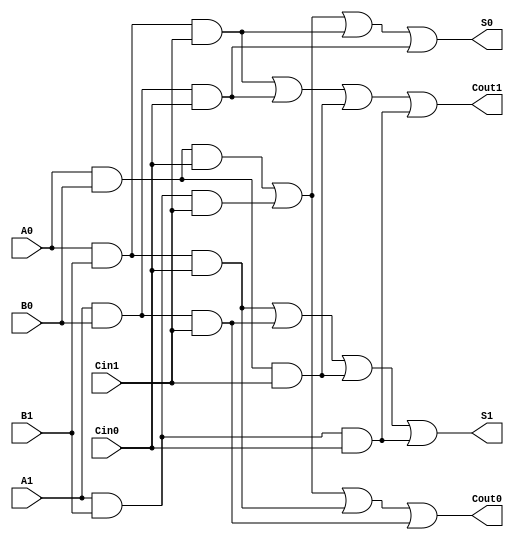
module dual_rail_full_adder (
    input  A0, A1,  // Dual-rail input for A
    input  B0, B1,  // Dual-rail input for B
    input  Cin0, Cin1,  // Dual-rail input for carry-in
    output S0, S1,  // Dual-rail output for sum
    output Cout0, Cout1  // Dual-rail output for carry-out
);

    // Intermediate signals for sum and carry-out calculations
    wire S0_temp, S1_temp;
    wire Cout0_temp, Cout1_temp;

    // Sum output logic
    assign S0_temp = (A0 & B0 & Cin0) | (A1 & B1 & Cin1) | (A0 & B1 & Cin1) | (A1 & B0 & Cin0);
    assign S1_temp = (A0 & B1 & Cin0) | (A1 & B0 & Cin1) | (A0 & B0 & Cin1) | (A1 & B1 & Cin0);

    // Carry output logic
    assign Cout0_temp = (A0 & B0 & Cin0) | (A1 & B1 & Cin1) | (A0 & B1 & Cin0) | (A1 & B0 & Cin1);
    assign Cout1_temp = (A0 & B1 & Cin1) | (A1 & B0 & Cin0) | (A0 & B0 & Cin1) | (A1 & B1 & Cin0);

    // Assign outputs ensuring only one output is active at a time
    assign S0 = S0_temp;
    assign S1 = S1_temp;
    assign Cout0 = Cout0_temp;
    assign Cout1 = Cout1_temp;

endmodule